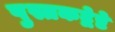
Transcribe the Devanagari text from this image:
पुस्तकद्वेष्टे